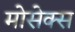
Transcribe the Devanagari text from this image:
मोसेक्स